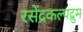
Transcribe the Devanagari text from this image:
रसेंद्रकल्पद्रुम